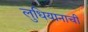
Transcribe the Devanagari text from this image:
लुधियानाची